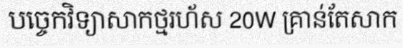
បច្ចេកវិទ្យាសាកថ្មរហ័ស 20W គ្រាន់តែសាក